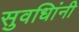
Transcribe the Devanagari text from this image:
सुवधिांनी